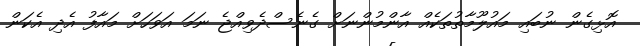
އޮޅިގެން ނުބައި މައުލޫމާތުތަކެއް އާންމުންނަށް ގެނެސްދެވިއްޖެ ނަމަ އަވަހަށް މައާފު އެދި އެކަން